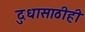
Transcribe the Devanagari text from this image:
दुधासाठीही